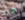
جيد